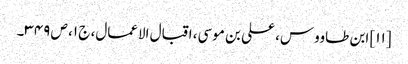
[۱۱] ابن طاووس، علی بن موسی، اقبال الاعمال، ج ۱، ص ۳۴۹۔